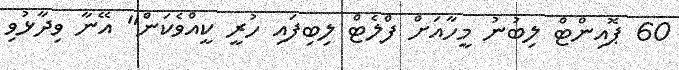
60 ޕޮއިންޓް ލިބުނު މީހާއަށް ފްލެޓް ލިބިފައި ހުރީ ކީއްވެކަން" އޭނާ ވިދާޅުވި